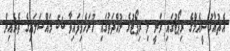
އެޗުއާރުސީއެމްގެ ރިޕޯޓުގައި ވަނީ މި ރިޕޯޓުގެ މުއްދަތުގައި ހުށަހެޅިފައިވާ 56 މައްސަލައިގެ ތެރެއިން